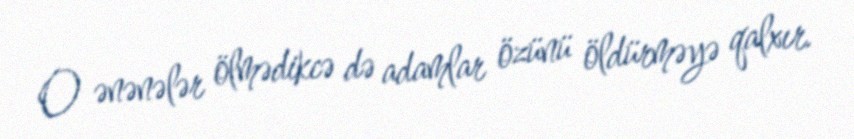
O ənənələr ölmədikcə də adamlar özünü öldürməyə qalxır.